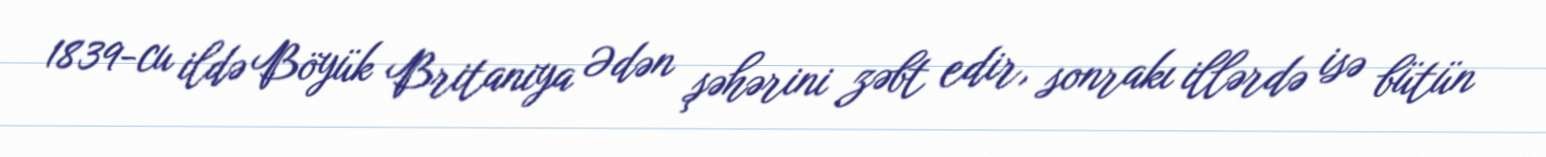
1839-cu ildə Böyük Britaniya Ədən şəhərini zəbt edir, sonrakı illərdə isə bütün